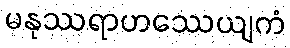
မနုဿရာဟဿေယျကံ